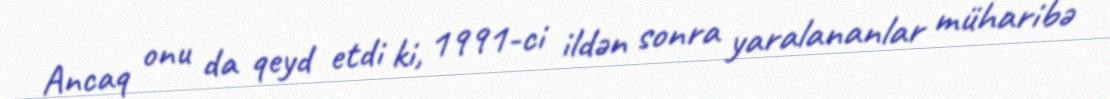
Ancaq onu da qeyd etdi ki, 1991-ci ildən sonra yaralananlar müharibə